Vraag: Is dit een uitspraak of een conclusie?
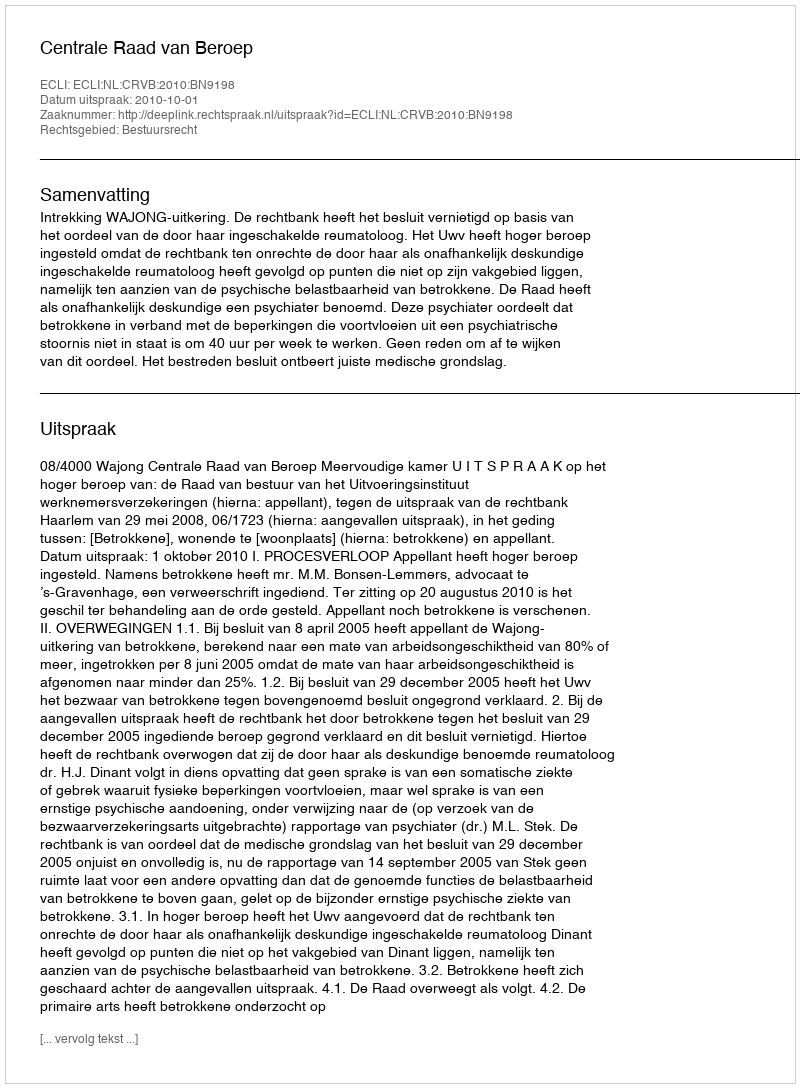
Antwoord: Uitspraak